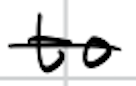
Text: to
Cross-out: single-line
Writing tool: digital_black